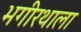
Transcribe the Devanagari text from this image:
भगीरथाला